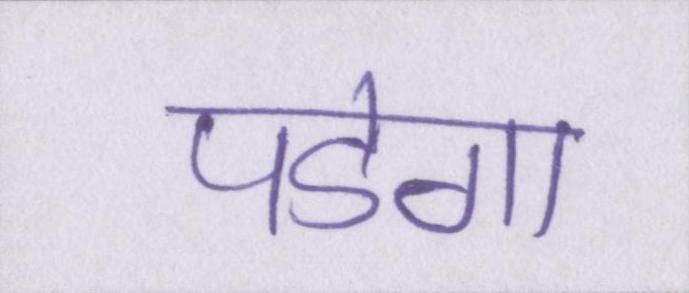
पडेगा